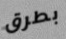
بطرق